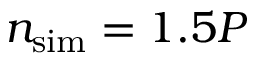
{ \ensuremath { n _ { \mathrm { s i m } } } } = 1 . 5 P